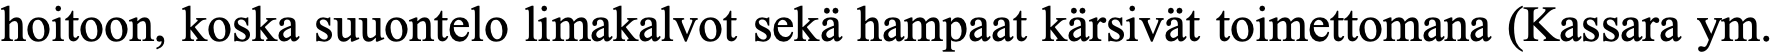
hoitoon, koska suuontelo limakalvot sekä hampaat kärsivät toimettomana (Kassara ym.